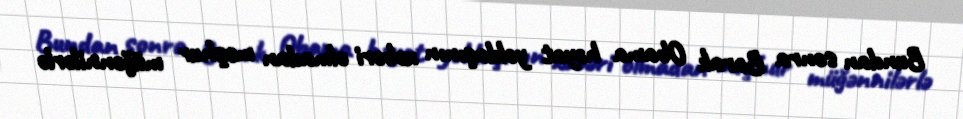
Bundan sonra Barak Obama həyat yoldaşının xəbəri olmadan məşhur müğənnilərlə